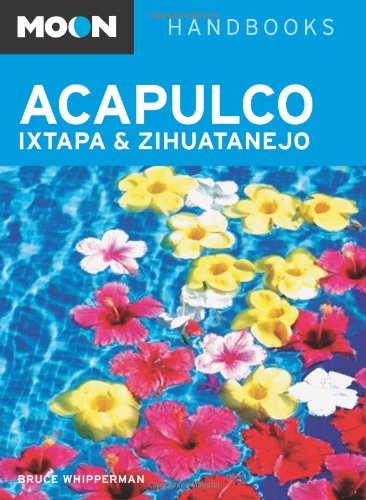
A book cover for Moon Acapulco, Ixtapa, and Zihuatanejo (Moon Handbooks); Bruce Whipperman; Travel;